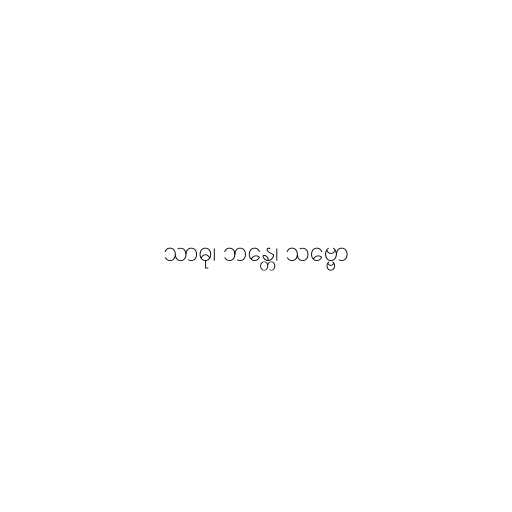
သာဓု၊ ဘန္တေ၊ သဗ္ဗော